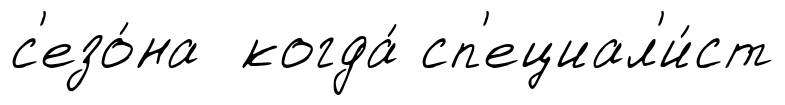
с'езо́на когда́ сп'ециал'и́ст